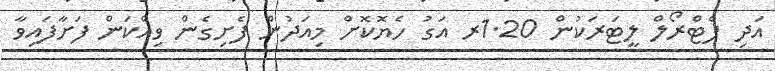
އަދި ޕެޓްރޯލް ލީޓަރަކުން 1.20ރ އަގު ހެޔޮކޮށް މިއަދުން ފެށިގެން ވިއްކަން ފަށާފައިވާ